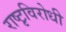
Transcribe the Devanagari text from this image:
राष्टृविरोधी